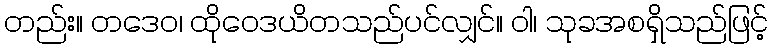
တည်း။ တဒေဝ၊ ထိုဝေဒယိတသည်ပင်လျှင်။ ဝါ၊ သုခအစရှိသည်ဖြင့်